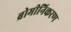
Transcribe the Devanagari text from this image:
ब्रोमीनिकरण